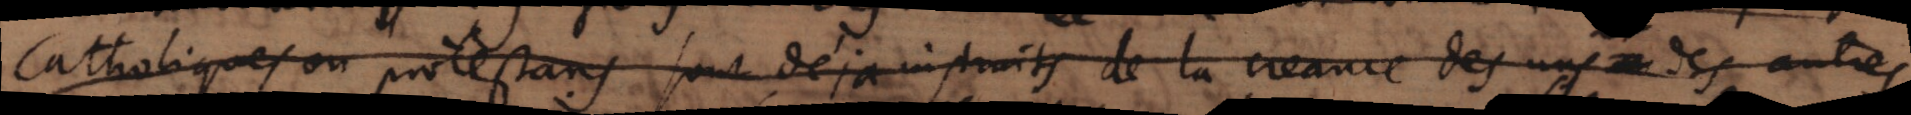
Catholiques ou protestans sont deja instruits de la creance des uns et des autres,